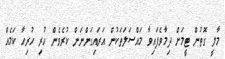
މާލީ ގޮތުން ޓީމަށް ދިމާވެފައިވާ މައްސަލަތަކުން އަރައިގަންނަން ކުރެވެން ހުރި ހުރިހާ ކަމެއް